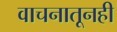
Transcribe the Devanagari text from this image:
वाचनातूनही